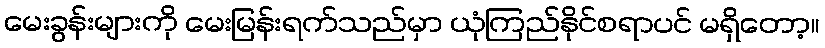
မေးခွန်းများကို မေးမြန်းရက်သည်မှာ ယုံကြည်နိုင်စရာပင် မရှိတော့။